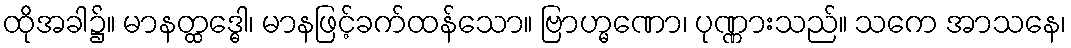
ထိုအခါ၌။ မာနတ္ထဒ္ဓေါ၊ မာနဖြင့်ခက်ထန်သော။ ဗြာဟ္မဏော၊ ပုဏ္ဏားသည်။ သကေ အာသနေ၊